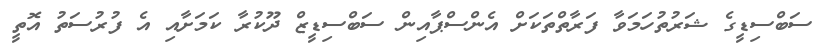
ސަބްސިޑީގެ ޝަރުތުހަމަވާ ފަރާތްތަކަށް އެންސްޕާއިން ސަބްސިޑީޒް ދޫކުރާ ކަމަށާއި އެ ފުރުސަތު އޮތީ